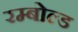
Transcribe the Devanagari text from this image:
रम्बोल्ड